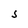
Character: S